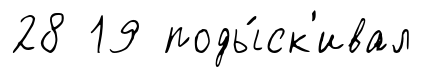
28 19 поды́ск'ивал